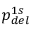
p _ { d e l } ^ { 1 s }